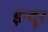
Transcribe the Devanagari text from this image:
इन्दूर